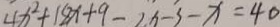
4 x ^ { 2 } + 1 8 x + 9 - 2 x - 3 - x = 4 0